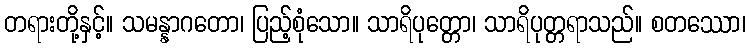
တရားတို့နှင့်။ သမန္နာဂတော၊ ပြည့်စုံသော။ သာရိပုတ္တော၊ သာရိပုတ္တရာသည်။ စတဿော၊